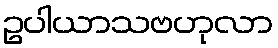
ဥပါယာသဗဟုလာ